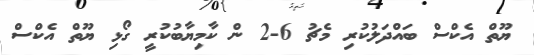
ޔޫތް އެކްސް ބައްދަލުކުރި މެޗު 6-2 ން ކާމިޔާބުކުރީ ގޯޅި ޔޫތް އެކްސް